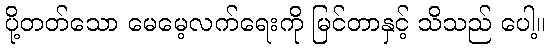
ပို့တတ်သော မေမေ့လက်ရေးကို မြင်တာနှင့် သိသည် ပေါ့။